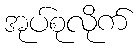
အုပ်စုလိုက်